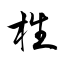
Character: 栍